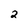
Character: 2